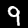
Digit: 9